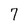
Character: 7